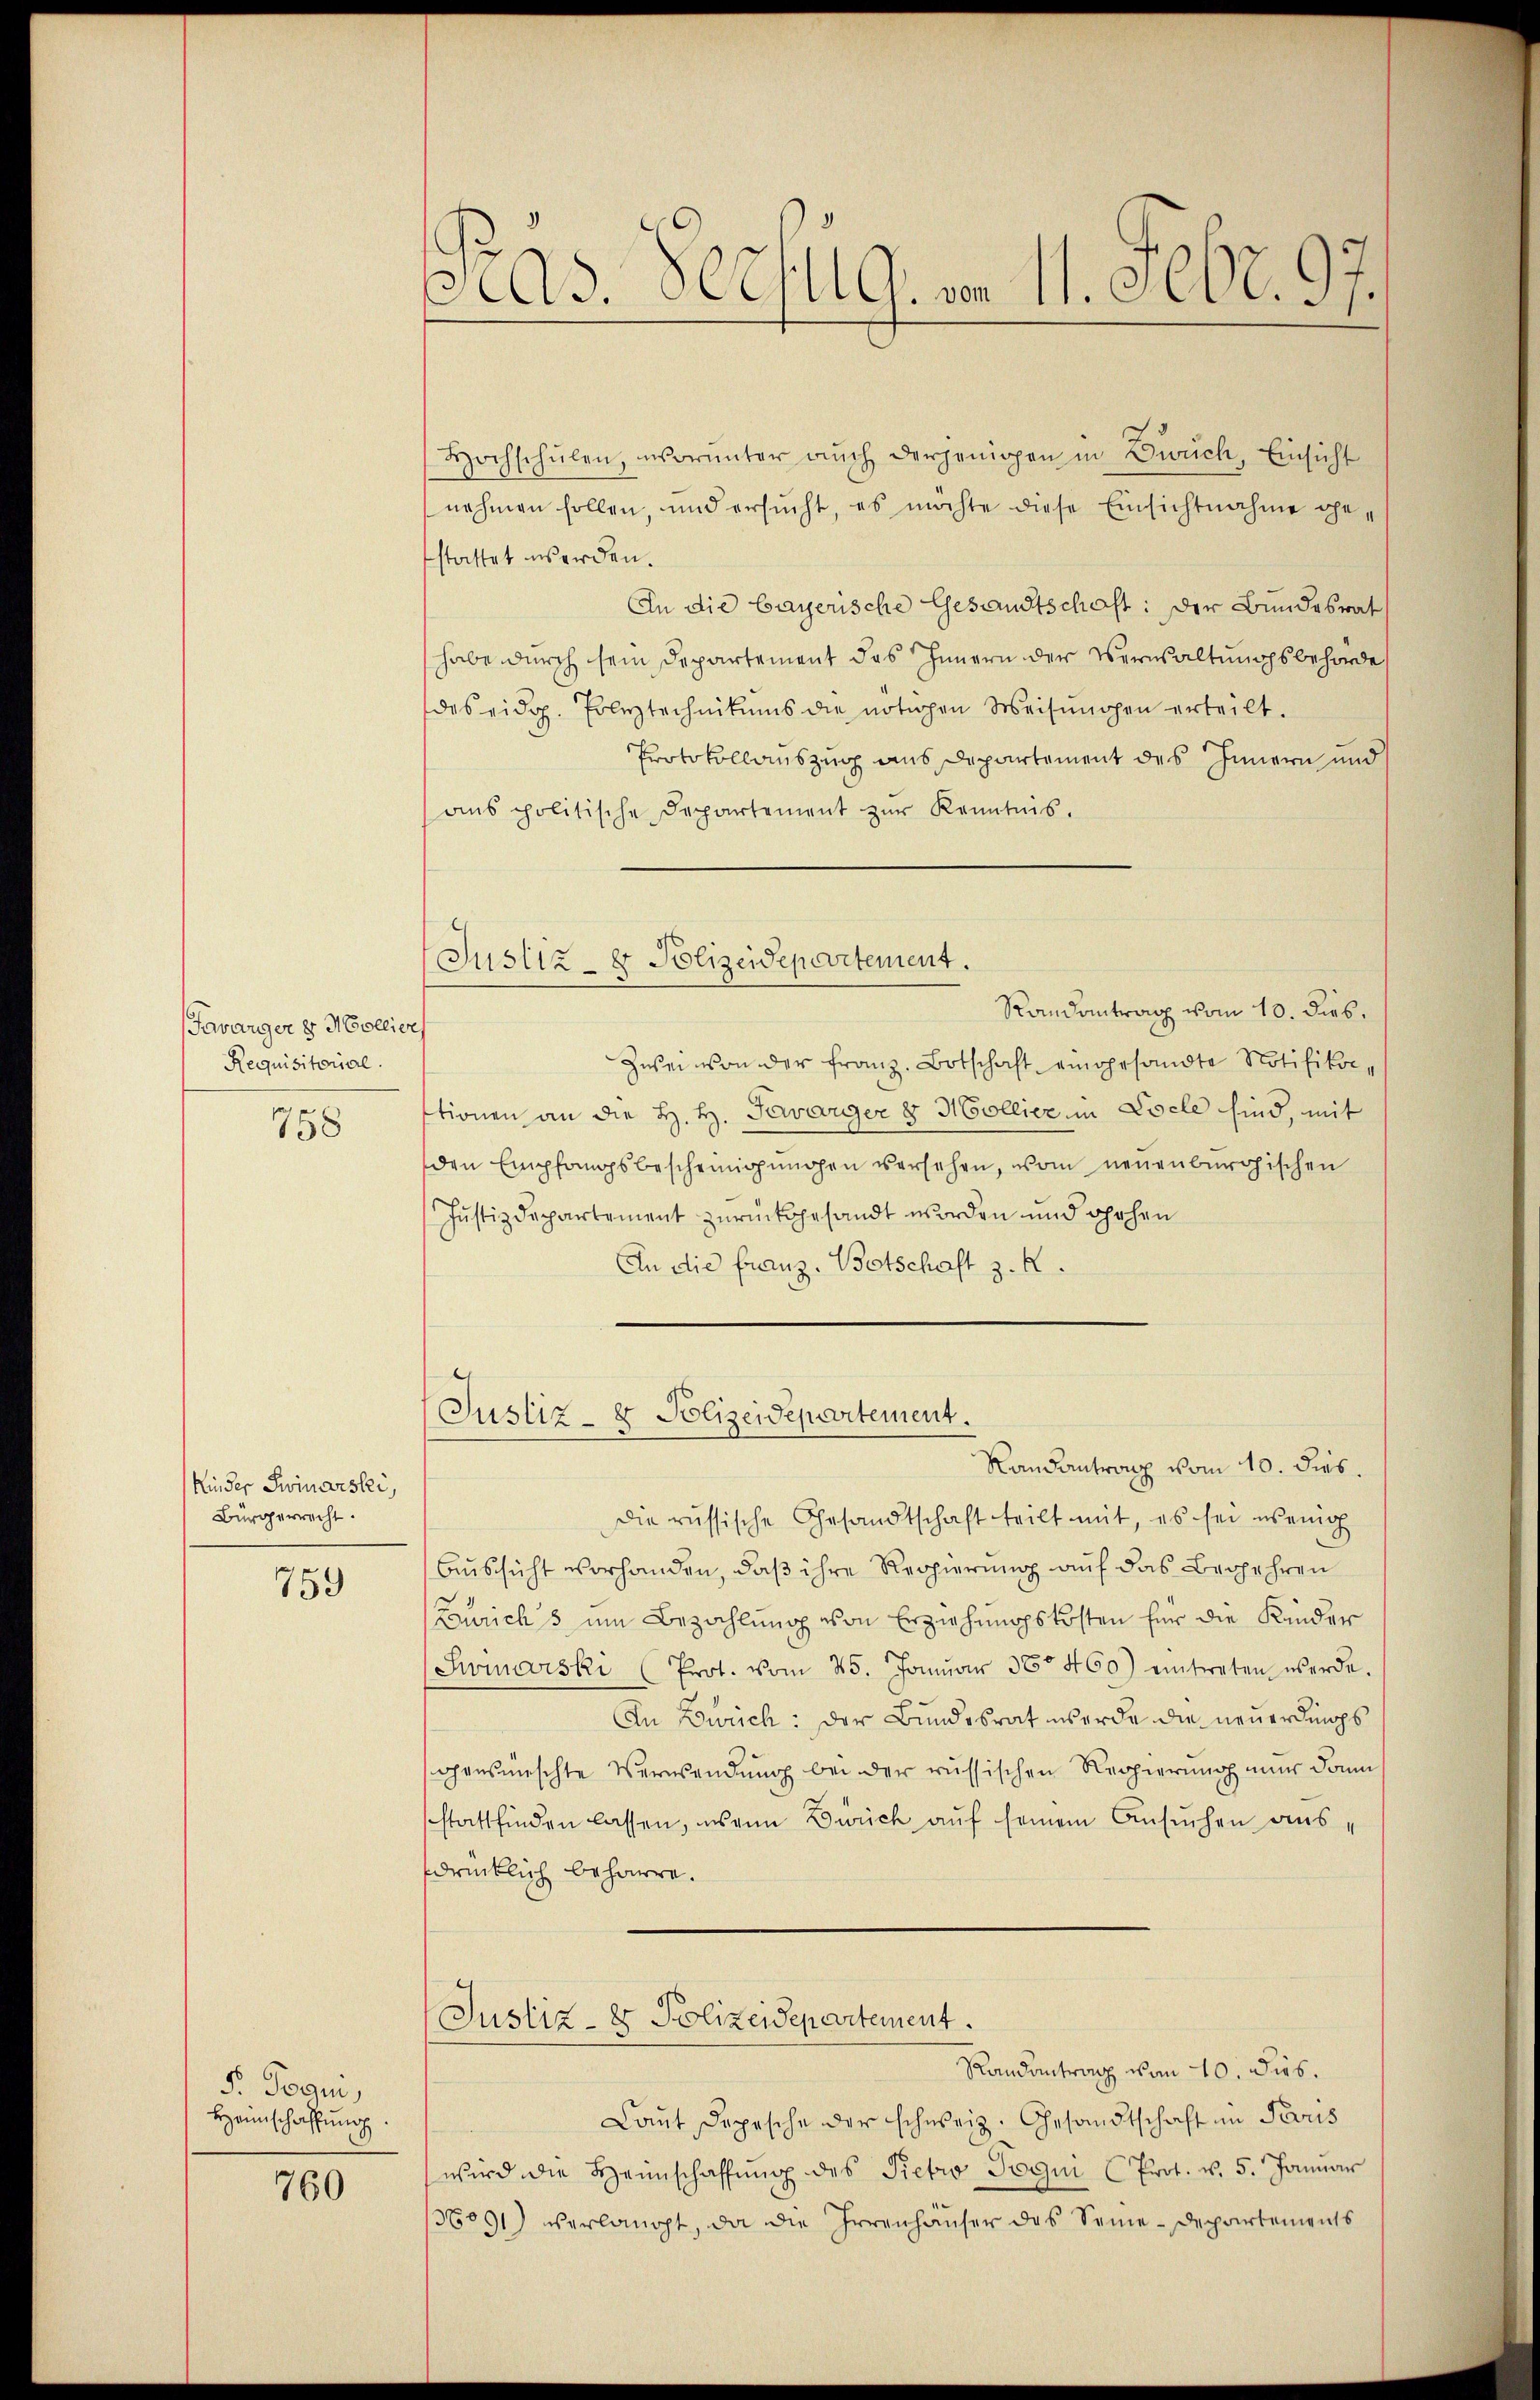
Favarger 8 Mollier
Requisitorial.

758

Kinder Swinarski,
Bürgerrecht.

759

F. Toqui,
Heimschaffung.

760

.
As. 802/19. vom 11. Febr. 97.

(Justiz- & Polizeidepartement.

Hochschŭlen, worunter aŭch derjenigen in Dich, Einsicht
nehmen sollen, und ersŭcht, es möchte diese Einsichtnahme ge-
stattet werden.
An die bayerische Gesandtschaft: Der Bundesrat
habe durch sein Departement das Innern der Verwaltungsbehörde
des eidg. Polytechnikums die nötigen Weisŭngen erteilt.
Protokollauszug aus Departement des Innern und
ans politische Departement zŭr Kenntnis.
Randantrag vom 10. dies.
zwei von der Franz. Botschaft eingesandte Notifikastionen an die H. H. Tavarger 8 Mollier in Loele sind, mit
den Empfangsbescheinigŭngen versehen, vom neuenburgischen
Justizdepartement zurückgesandt worden und hohen
An die Franz. Botschaft z. B.
(Justiz- & Polizeidepartement.
Randantrag vom 10. dies.
Die russische Gesandtschaft teilt mit, es sei wenig
Aussicht vorhanden, daß ihre Regierung auf das Begehren
Zurichs um Bezahlung von Erziehungskosten für die Kinder
Swinarski (Prot. vom 25. Janŭar 38. 460) eintreten werde.
In Zürich: der Bundesrat werde die neuerdings
gewünschte Verwendung bei der russischen Regierung nur dann
stattfinden lassen, wenn Zürich auf seinem Ansuchen aussdrücklich beharre.
Justiz- & Polizeidepartement.
Randantrag von 10. dies.
Caut, Depesche der schweiz. Gesandtschaft in Paris
wird die Heimschaffŭng des Pietro Pogin (Prot. v. 5. Januar
136091) verlangt, da die Irrenhauser des Seme-Departements